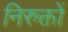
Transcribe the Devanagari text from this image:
निरुक्तों